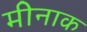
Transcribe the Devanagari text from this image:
मीनाक